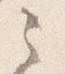
之